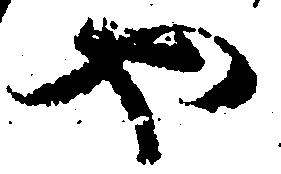
や